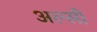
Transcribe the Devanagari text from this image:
अल्सी